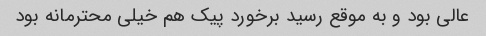
عالی بود و به موقع رسید برخورد پیک هم خیلی محترمانه بود